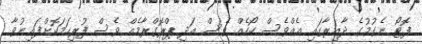
ފޮޓޯ ނެގުމުގެ ދާއިރާގައި އެއްވެސް ކޯހެއް ވެސް އަދި ޕްރޮގްރާމެއް ވެސް ފުރިހަމަކޮށްފައިނުވާ